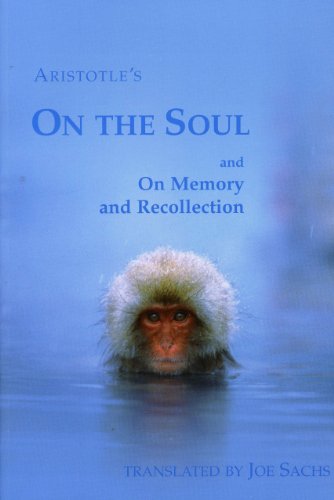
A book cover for On the Soul and On Memory and Recollection; Aristotle; Health, Fitness & Dieting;